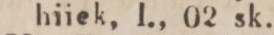
hiiek, 1., 02 sk.